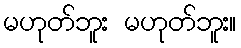
မဟုတ်ဘူး မဟုတ်ဘူး။